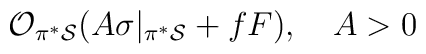
{\cal O}_{\pi^* {\cal S}}(A \sigma|_{\pi^{*}{\cal S}}+fF), \quad A>0